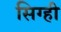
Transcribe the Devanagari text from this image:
सिग्ही